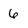
Character: 6